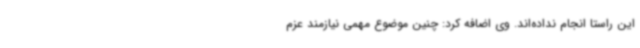
این راستا انجام نداده‌اند. وی اضافه کرد: چنین موضوع مهمی نیازمند عزم